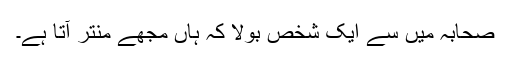
صحابہؓ میں سے ایک شخص بولا کہ ہاں مجھے منتر آتا ہے۔